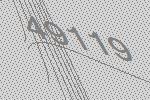
49119